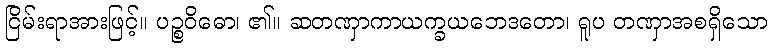
ငြိမ်းရာအားဖြင့်။ ပဉ္စဝိဓော၊ ၏။ ဆတဏှာကာယက္ခယဘေဒတော၊ ရူပ တဏှာအစရှိသော